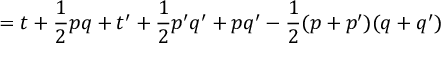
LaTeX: = t + { \frac { 1 } { 2 } } p q + t ^ { \prime } + { \frac { 1 } { 2 } } p ^ { \prime } q ^ { \prime } + p q ^ { \prime } - { \frac { 1 } { 2 } } ( p + p ^ { \prime } ) ( q + q ^ { \prime } )